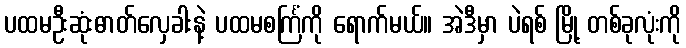
ပထမဦးဆုံးဓာတ်လှေခါးနဲ့ ပထမစင်္ကြံကို ရောက်မယ်။ အဲဒီမှာ ပဲရစ် မြို့ တစ်ခုလုံးကို